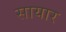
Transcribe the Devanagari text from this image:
सायार